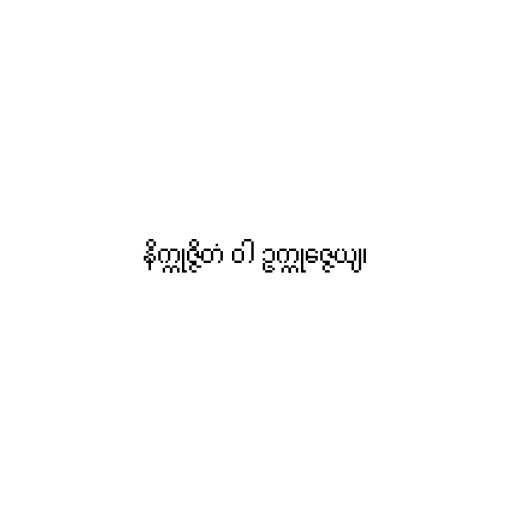
နိက္ကုဇ္ဇိတံ ဝါ ဥက္ကုဇ္ဇေယျ၊